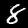
Digit: 8